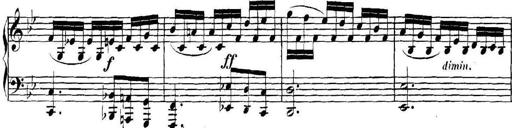
Title: Collected Piano Sonatas
Composer: Muzio Clementi